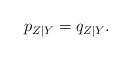
LaTeX: \begin{align*}p_{Z|Y}=q_{Z|Y} .\end{align*}